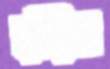
হাঁড়িয়া